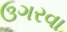
ઉગરવા